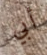
أبي